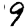
Digit: 9